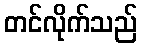
တင်လိုက်သည်